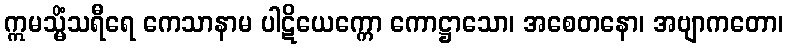
ဣမသ္မိံသရီရေ ကေသာနာမ ပါဋိယေက္ကော ကောဋ္ဌာသော၊ အစေတနော၊ အဗျာကတော၊